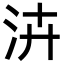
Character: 泋